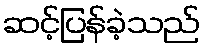
ဆင့်ပြန်ခဲ့သည်